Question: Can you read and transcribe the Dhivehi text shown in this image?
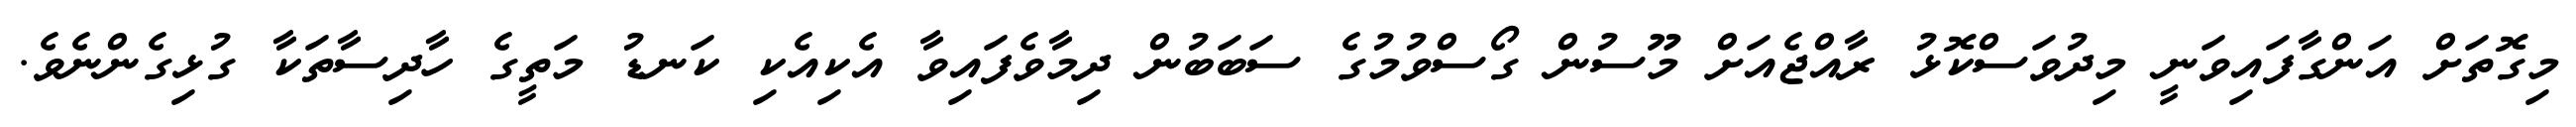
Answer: މިގޮތަށް އަންގާފައިވަނީ މިދުވަސްކޮޅު ރާއްޖެއަށް މޫސުން ގޯސްވުމުގެ ސަބަބުން ދިމާވެފައިވާ އެކިއެކި ކަނޑު މަތީގެ ހާދިސާތަކާ ގުޅިގެންނެވެ.